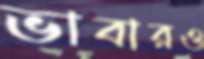
ভাবারও